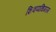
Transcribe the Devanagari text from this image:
शिवप्पथिगरम